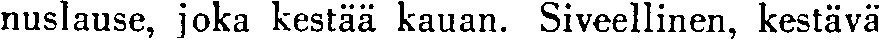
nuslause, joka kestää kauan. Siveellinen, kestävä